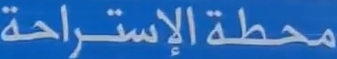
محطة الإستراحة